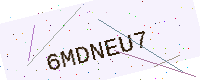
Text: 6MDNEU7